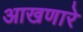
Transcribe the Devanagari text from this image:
आखणारे